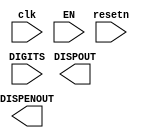
/*
 * Seven-segment display timer for the Nexys4 DDR board
 *
 * January 25, 2017
 */

module mfp_ahb_sevensegtimer(
                     input            clk,
                     input            resetn,
                     input     [ 7:0] EN,
                     input     [31:0] DIGITS,
                     output    [ 7:0] DISPENOUT,
                     output    [ 6:0] DISPOUT);

    // add code here.
	
endmodule